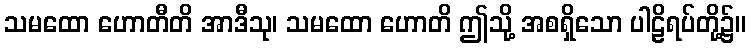
သမထော ဟောတီတိ အာဒီသု၊ သမထော ဟောတိ ဤသို့ အစရှိသော ပါဠိရပ်တို့၌။